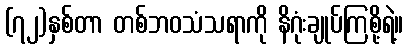
(၇၂)နှစ်တာ တစ်ဘဝသံသရာကို နိဂုံးချုပ်ကြစို့ရဲ့။